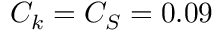
C _ { k } = C _ { S } = 0 . 0 9